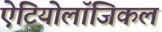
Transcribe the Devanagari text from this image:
ऐटियोलॉजिकल